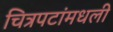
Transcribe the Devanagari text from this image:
चित्रपटांमधली